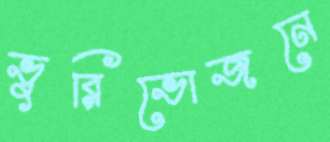
ভুরিভোজনে